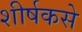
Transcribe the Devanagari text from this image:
शीर्षकसे